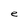
Character: e